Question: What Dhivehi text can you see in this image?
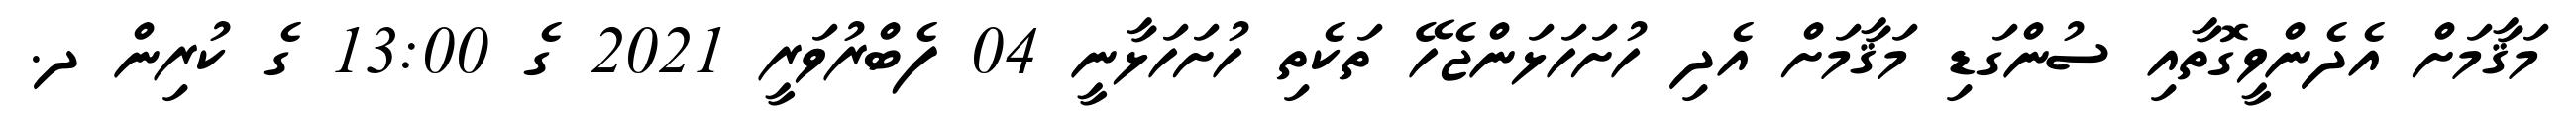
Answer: މަޤާމަށް އެދެންވީގޮތާއި ސުންގަޑި މަޤާމަށް އެދި ހުށަހަޅަންޖެހޭ ތަކެތި ހުށަހަޅާނީ 04 ފެބްރުވަރީ 2021 ގެ 13:00 ގެ ކުރިން ދ.